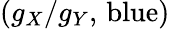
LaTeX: (g_{X}/g_{Y},\, \mathrm{blue})